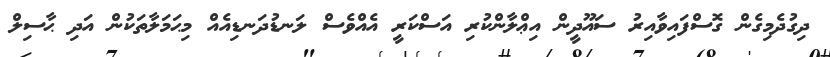
ދިގުދެމިގެން ގޮސްފައިވާއިރު ސައޫދީން އިޢްލާންކުރި އަސްކަރީ އެއްވެސް ލަނޑުދަނޑިއެއް މިޙަމަލާތަކުން އަދި ޙާސިލް